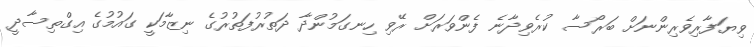
ވިޔަފާރިވެރިންނަށް ބަރޯސާ ކުރެވިދާނެ ފެންވަރަށް ރޭވި ހިނގަމުންދާ ދަތުރުފަތުރުގެ ނިޒާމަކީ ގައުމުގެ އިގްތިސާދީ